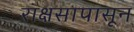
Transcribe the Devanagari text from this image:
राक्षसापासून